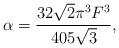
LaTeX: \begin{align*}\alpha= \frac{32\sqrt{2}\pi^{3}F^{3}}{405 \sqrt{3}},\end{align*}